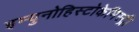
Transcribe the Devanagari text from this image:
इम्युनोहिस्टोकेमिस्ट्री